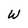
Character: W